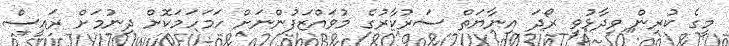
މީގެ ކުރިން ވިދާޅުވީ ރޯދަ އިނާޔަތް ސަރުކާރުގެ މުވައްޒަފުންނަށް ހަމަހަމަކޮށް ދިނުމަށް ރައީސް